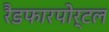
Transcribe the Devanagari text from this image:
रैडफारपोर्टल